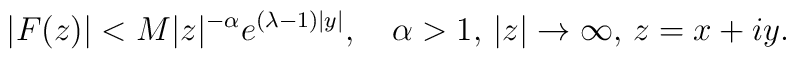
\vert F(z)\vert<M\vert z\vert ^{-\alpha }e^{(\lambda -1)\vert y\vert},\quad \alpha >1,\, \vert z\vert \to \infty ,\, z=x+iy.